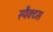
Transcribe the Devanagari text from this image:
स्पैक्टस